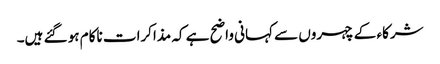
شرکاء کے چہروں سے کہانی واضح ہے کہ مذاکرات ناکام ہو گئے ہیں۔